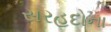
સરહદોના